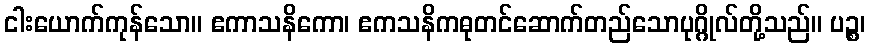
ငါးယောက်ကုန်သော။ ဧကာသနိကော၊ ဧကသနိကဓုတင်ဆောက်တည်သောပုဂ္ဂိုလ်တို့သည်။ ပဉ္စ၊